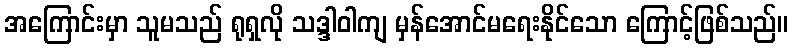
အကြောင်းမှာ သူမသည် ရုရှလို သဒ္ဒါဝါကျ မှန်အောင်မရေးနိုင်သော ကြောင့်ဖြစ်သည်။